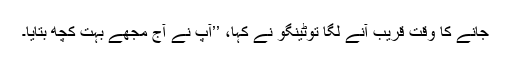
جانے کا وقت قریب آنے لگا توٹینگو نے کہا، ’’آپ نے آج مجھے بہت کچھ بتایا۔